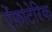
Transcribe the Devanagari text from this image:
ऐंफ़ोटेरिक